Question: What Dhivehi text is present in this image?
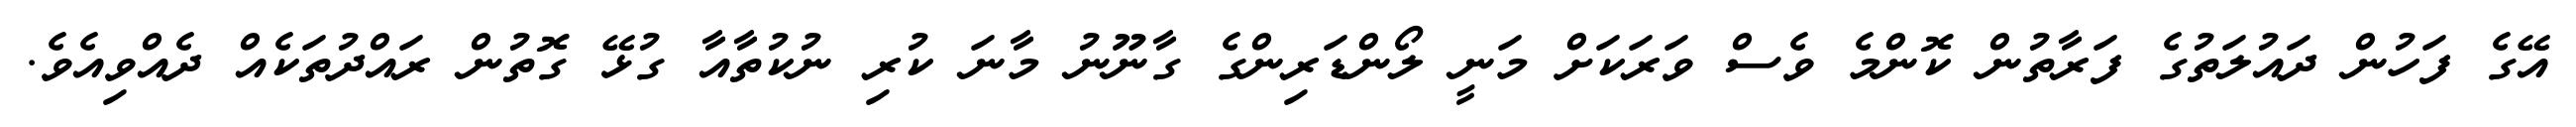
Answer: އޭގެ ފަހުން ދައުލަތުގެ ފަރާތުން ކޮންމެ ވެސް ވަރަކަށް މަނީ ލޯންޑަރިންގެ ގާނޫނު މާނަ ކުރި ނުކުތާއާ ގުޅޭ ގޮތުން ރައްދުތަކެއް ދެއްވިއެވެ.